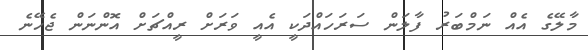
މާލޭގެ އެއް ނަމްބަރު ފާލަން ސަރަހައްދަކީ އެއީ ވަރަށް ރީއްޗަށް އޮންނަން ޖެހޭނެ